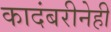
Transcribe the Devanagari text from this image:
कादंबरीनेही